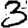
Digit: 3